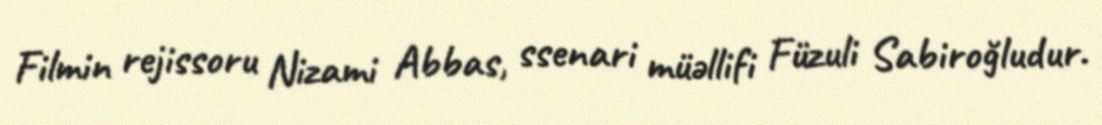
Filmin rejissoru Nizami Abbas, ssenari müəllifi Füzuli Sabiroğludur.